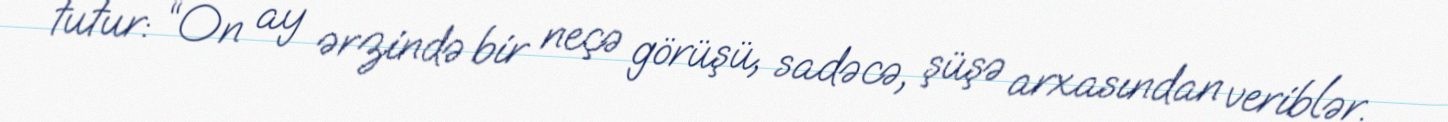
tutur: “On ay ərzində bir neçə görüşü, sadəcə, şüşə arxasından veriblər.